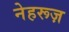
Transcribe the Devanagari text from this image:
नेहरूज़